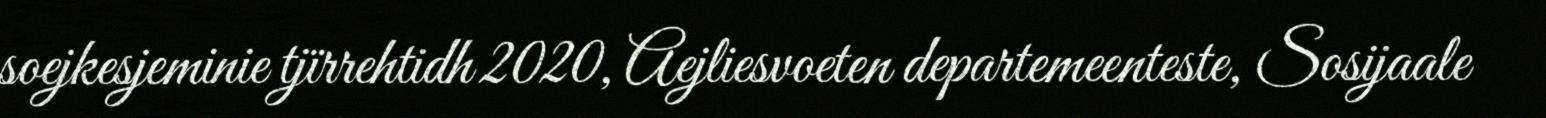
soejkesjeminie tjïrrehtidh 2020, Aejliesvoeten departemeenteste, Sosijaale